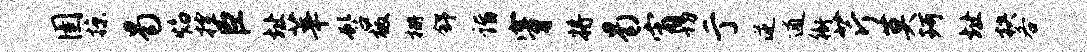
圉掠曷焰控臣址莘髫檄栅舒诣穿将曷宵切亍逆逋衙芹莫珂址抉各